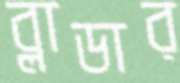
ব্লাডার